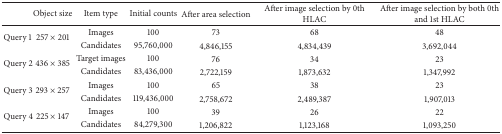
<table><thead><tr><td><b> </b></td><td><b>Object size</b></td><td><b>Item type</b></td><td><b>Initial counts</b></td><td><b>After area selection</b></td><td><b>After image selection by 0th HLAC</b></td><td><b>After image selection by both 0th and 1st HLAC</b></td></tr></thead><tbody><tr><td rowspan="2">Query 1</td><td rowspan="2">257 × 201</td><td>Images</td><td>100</td><td>73</td><td>68</td><td>48</td></tr><tr><td>Candidates</td><td>95,760,000</td><td>4,846,155</td><td>4,834,439</td><td>3,692,044</td></tr><tr><td rowspan="2">Query 2</td><td rowspan="2">436 × 385</td><td>Target images</td><td>100</td><td>76</td><td>34</td><td>23</td></tr><tr><td>Candidates</td><td>83,436,000</td><td>2,722,159</td><td>1,873,632</td><td>1,347,992</td></tr><tr><td rowspan="2">Query 3</td><td rowspan="2">293 × 257</td><td>Images</td><td>100</td><td>65</td><td>38</td><td>23</td></tr><tr><td>Candidates</td><td>119,436,000</td><td>2,758,672</td><td>2,489,387</td><td>1,907,013</td></tr><tr><td rowspan="2">Query 4</td><td rowspan="2">225 × 147</td><td>Images</td><td>100</td><td>39</td><td>26</td><td>22</td></tr><tr><td>Candidates</td><td>84,279,300</td><td>1,206,822</td><td>1,123,168</td><td>1,093,250</td></tr></tbody></table>